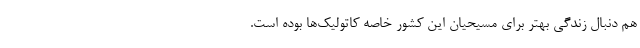
هم دنبال زندگی بهتر برای مسیحیان این کشور خاصه کاتولیک‌ها بوده است.‌